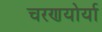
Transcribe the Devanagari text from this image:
चरणयोर्या